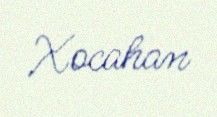
Xocahan